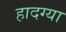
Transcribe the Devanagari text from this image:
हादग्या